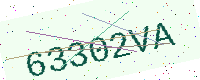
Text: 63302VA